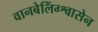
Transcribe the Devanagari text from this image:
वानबेलिंग्श्वासेन